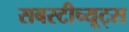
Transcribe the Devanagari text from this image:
सबस्टीच्यूट्स